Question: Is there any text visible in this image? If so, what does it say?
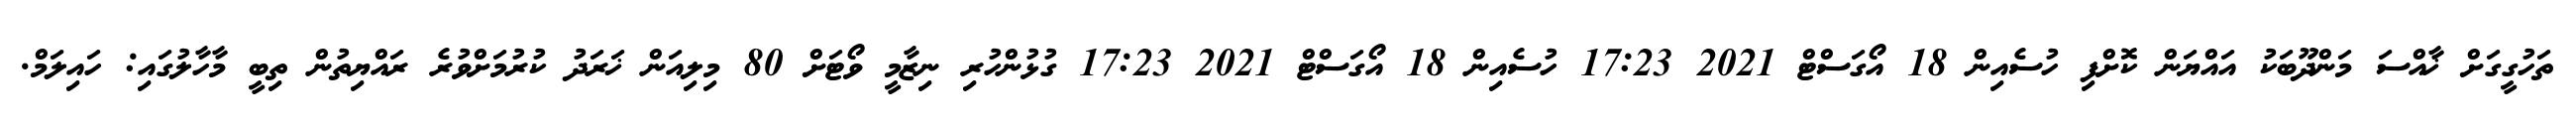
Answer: ތަހުގީގަށް ޚާއްސަ މަންދޫބަކު އައްޔަން ކޮށްފި ހުސެއިން 18 އޯގަސްޓް 2021 17:23 ހުސެއިން 18 އޯގަސްޓް 2021 17:23 ގުޅުންހުރި ނިޒާމީ ވޯޓަށް 80 މިލިއަން ޚަރަދު ކުރުމަށްވުރެ ރައްޔިތުން ތިބީ މާހާލުގައި: ހައިލަމް.